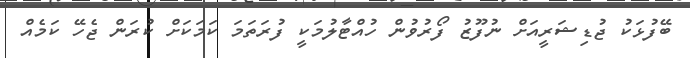
ބޭފުޅަކު ޖުޑިޝަރީއަށް ނުފޫޒު ފޯރުވުން ހުއްޓާލުމަކީ ފުރަތަމަ ކަމަކަށް ކުރަން ޖެހޭ ކަމެއް